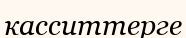
касситтерге